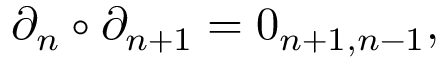
\partial _ { n } \circ \partial _ { n + 1 } = 0 _ { n + 1 , n - 1 } ,